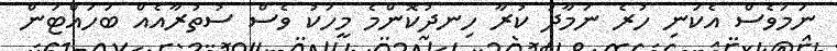
ނަމަވެސް އެކަނި ހުރެ ނަމާދު ކުރާ ހިނދުކޮންމެ މީހަކު ވެސް ސުތުރާއެއް ބަހައްޓަން